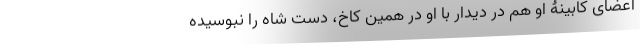
اعضای کابینۀ او هم در دیدار با او در همین کاخ، دست شاه را نبوسیده